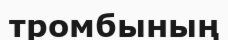
тромбының